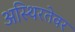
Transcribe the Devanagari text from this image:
अस्थिरतेवर